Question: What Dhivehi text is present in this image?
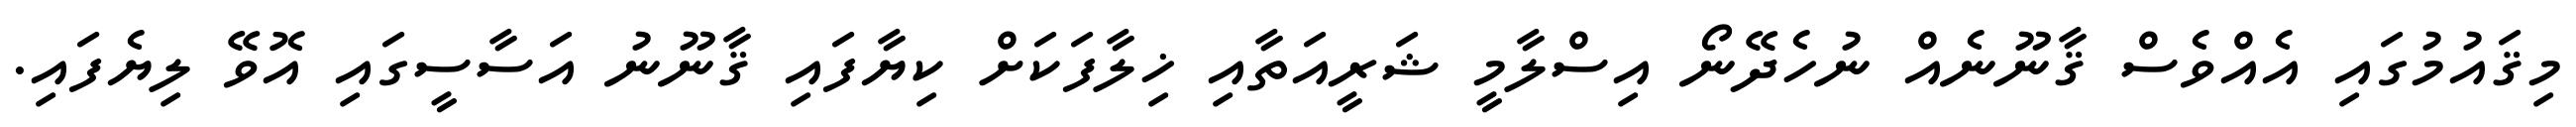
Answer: މިޤައުމުގައި އެއްވެސް ޤާނޫނެއް ނުހެދޭނޯ އިސްލާމީ ޝަރީއަތާއި ޚިލާފަކަށް ކިޔާފައި ޤާނޫނު އަސާސީގައި އޮވޭ ލިޔެފައި.